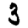
Digit: 3